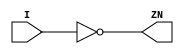
// SPDX-License-Identifier: Apache-2.0
// Copyright (C) 2019 Intel Corporation. All rights reserved
module c3aibadapt_cmn_clkinv
(
        output  wire    ZN,
        input   wire    I
);

	assign ZN = ~I;

endmodule // c3aibadapt_cmn_clkinv